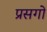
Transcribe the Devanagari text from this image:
प्रसगों